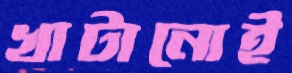
খাটানোই